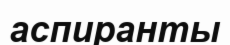
аспиранты